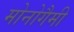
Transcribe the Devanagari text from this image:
मोनोगैमी